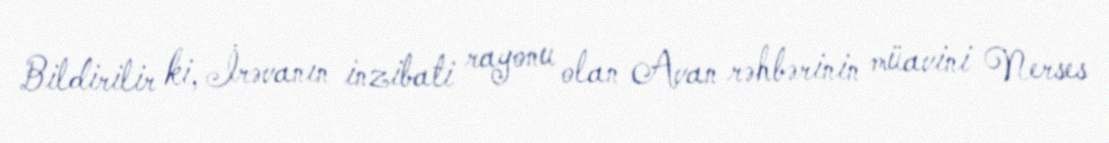
Bildirilir ki, İrəvanın inzibati rayonu olan Avan rəhbərinin müavini Nerses